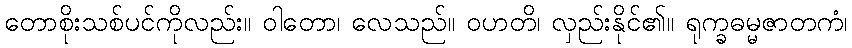
တောစိုးသစ်ပင်ကိုလည်း။ ဝါတော၊ လေသည်။ ဝဟတိ၊ လှည်းနိုင်၏။ ရုက္ခဓမ္မဇာတကံ၊